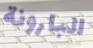
البارونة